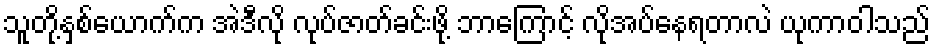
သူတို့နှစ်ယောက်က အဲဒီလို လုပ်ဇာတ်ခင်းဖို့ ဘာကြောင့် လိုအပ်နေရတာလဲ ယုကာဝါသည်